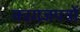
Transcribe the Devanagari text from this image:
कागजपत्रों